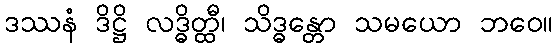
ဒဿနံ ဒိဋ္ဌိ လဒ္ဓိတ္ထီ၊ သိဒ္ဓန္တော သမယော ဘဝေ။